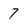
Character: 7